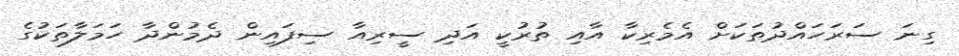
ގިނަ ސަރަހައްދުތަކަށް އެމެރިކާ އާއި ތުރުކީ އަދި ސީރިއާ ސިފައިން ދެމުންދާ ހަމަލާތަކުގެ